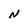
Character: N